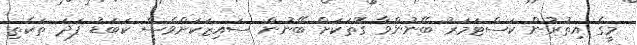
މީގެ އިތުރުން ކަސްޓަމަރު ބޭނުންވާ ގޮތަކަށް ބޭނުން ސައިޒަކަށްވެސް ކަބަޑު ފަދަ ތަކެތި